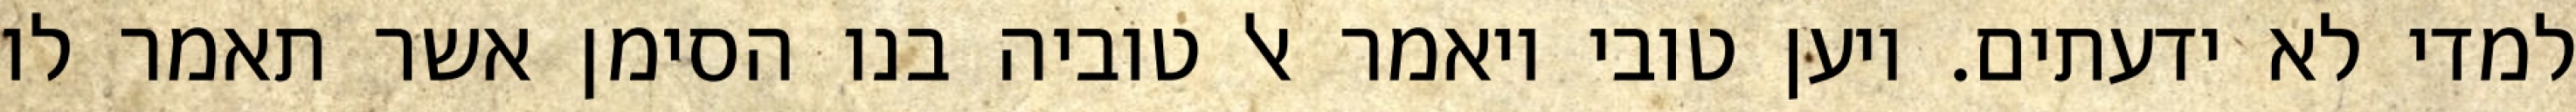
למדי לא ידעתים. ויען טובי ויאמר אל טוביה בנו הסימן אשר תאמר לו